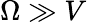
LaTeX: \Omega\gg V